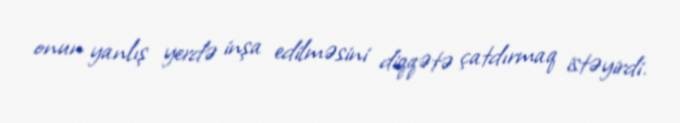
onun yanlış yerdə inşa edilməsini diqqətə çatdırmaq istəyirdi.